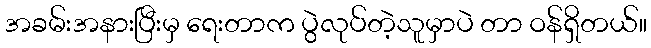
အခမ်းအနားပြီးမှ ရေးတာက ပွဲလုပ်တဲ့သူမှာပဲ တာ ဝန်ရှိတယ်။